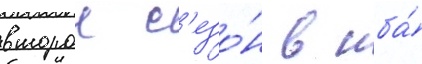
второи с'езо́н в нба́